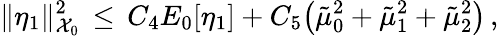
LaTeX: \| \eta_{1}\| _{\mathcal{X}_{0}}^{2}\, \le\, C_{4}E_{0}[\eta_{1}]+C_{5}\bigl(\tilde{\mu}_{0}^{2}+\tilde{\mu}_{1}^{2}+\tilde{\mu}_{2}^{2}\bigr)\, ,